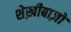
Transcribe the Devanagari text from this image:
शेख़ीबाज़ों